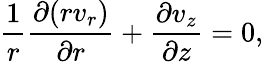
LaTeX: \frac{1}{r}\frac{\partial(rv_{r})}{\partial r}+\frac{\partial v_{z}}{\partial z}=0,